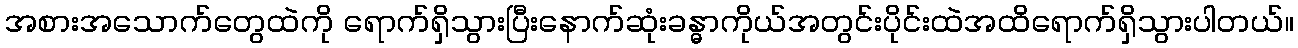
အစားအသောက်တွေထဲကို ရောက်ရှိသွားပြီးနောက်ဆုံးခန္ဓာကိုယ်အတွင်းပိုင်းထဲအထိရောက်ရှိသွားပါတယ်။